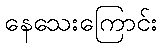
နေသေးကြောင်း